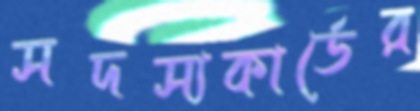
সদস্যকার্ডের